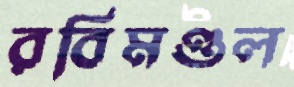
রবিমণ্ডল